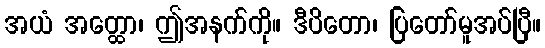
အယံ အတ္ထော၊ ဤအနက်ကို။ ဒီပိတော၊ ပြတော်မူအပ်ပြီ။